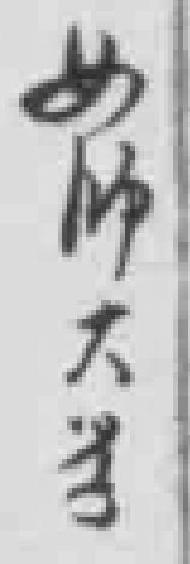
女師大学